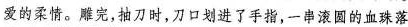
爱的柔情。雕完，抽刀时，刀口划进了手指，一串滚圆的血珠落